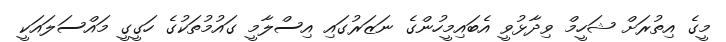
މީގެ އިތުރަށް ޝަހީމް ވިދާޅުވީ އެބައިމީހުންގެ ނަޒަރުގައި އިސްލާމީ ގައުމުތަކުގެ ހަގީގީ މައްސަލައަކީ